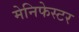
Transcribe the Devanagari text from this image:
मेनिफेस्टर